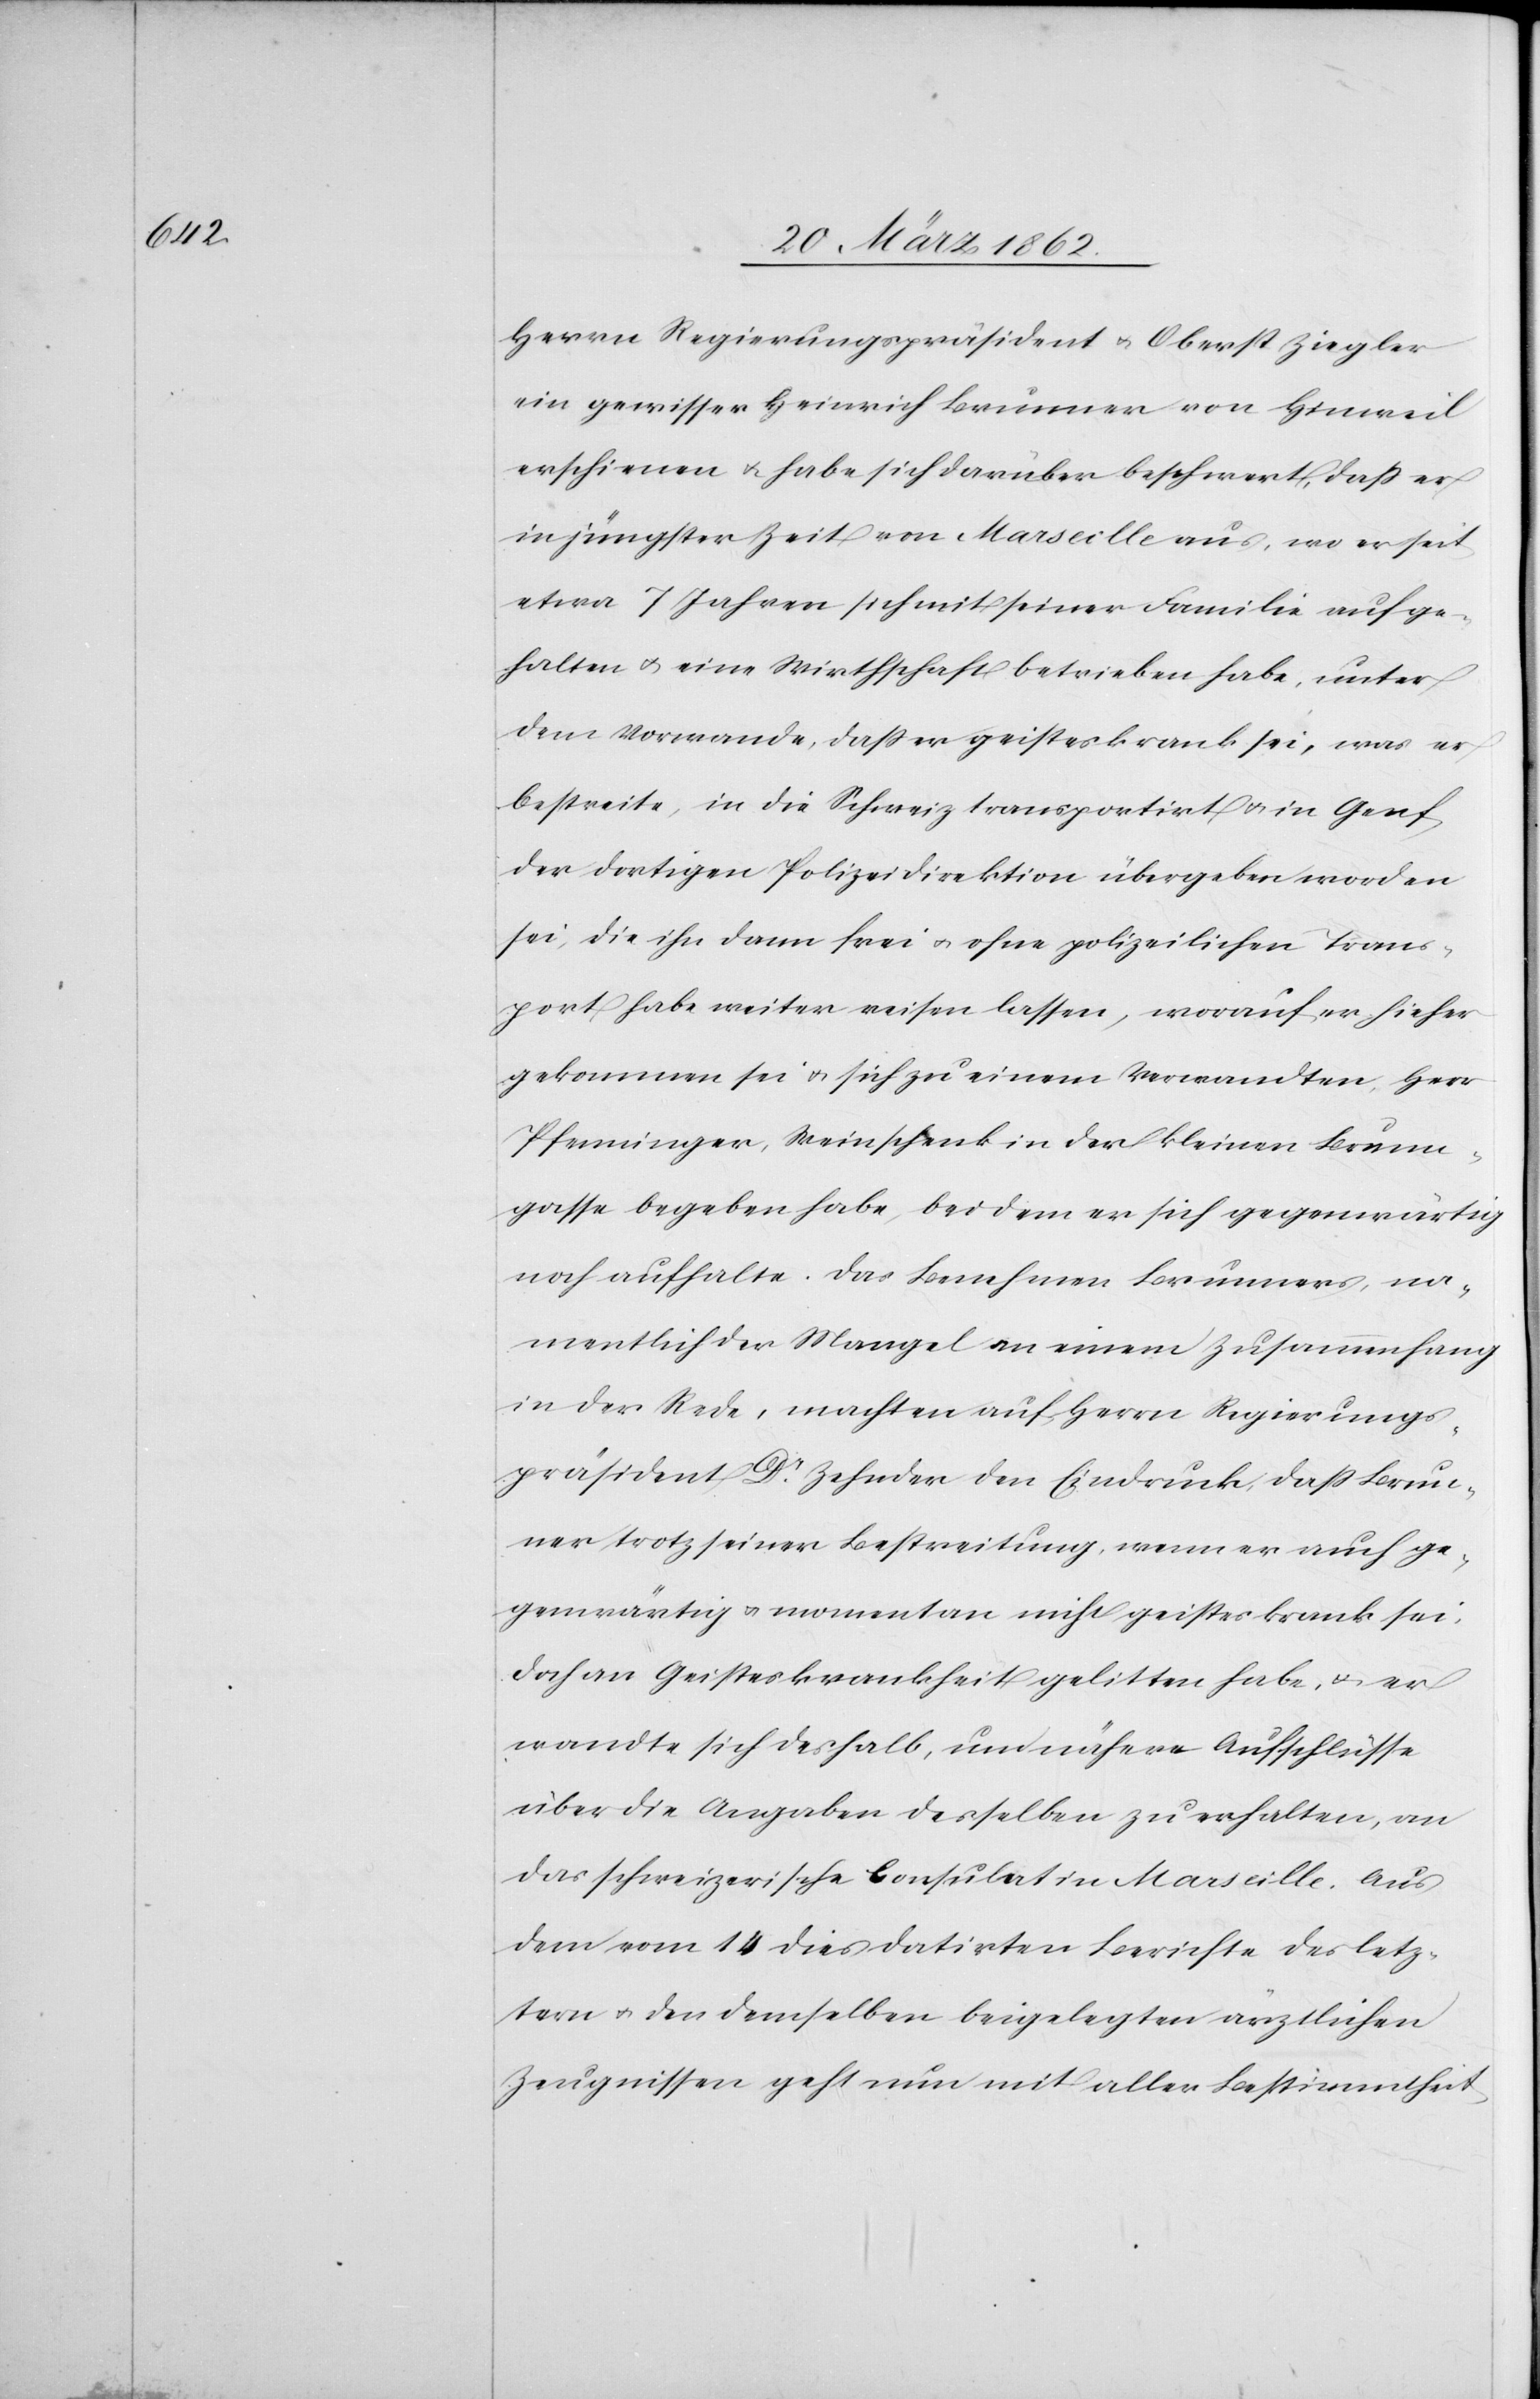
halten

Herrn Regierungspräsident u. Oberst Ziegler
ein gewisser Heinrich Brunner von Hinweil
erschienen u. habe sich darüber beschwert, daß er
in jüngster Zeit von Marseille aus, wo er seit
etwa 7 Jahren sich mit seiner Familie aufge¬
habe u. eine Wirthschaft betrieben habe, unter
dem Vorwande, daß er geisteskrank sei, was er
bestreite, in die Schweiz transportirt u. in Genf
der dortigen Polizeidirektion übergeben worden
sei, die ihn dann frei u. ohne polizeilichen Trans¬
port habe weiter reisen lassen, worauf er hieher
gekommen sei u. sich zu einem Verwandten, Herr
Pfenninger, Weinschenk in der kleinen Brunn¬
gasse begeben habe, bei dem er sich gegenwärtig
namentlich der Mangel an einem Zusammenhang
in der Rede, machten auf Herrn Regierungs¬
präsident Dr. Zehnder den Eindruck, daß Brun¬
ner trotz seiner Bestreitung, wenn er auch ge¬
genwärtig u. momentan nicht geisteskrank sei,
doch an Geisteskrankheit gelitten habe, u. er
wandte sich deshalb, um nähere Aufschlüsse
über die Angaben desselben zu erhalten, an
das schweizerische Consulat in Marseille. Aus
dem vom 14 dies datirten Berichte des letz¬
tern u. den demselben beigelegten ärztlichen
Zeugnissen geht nun mit aller Bestimmtheit